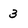
Character: 3